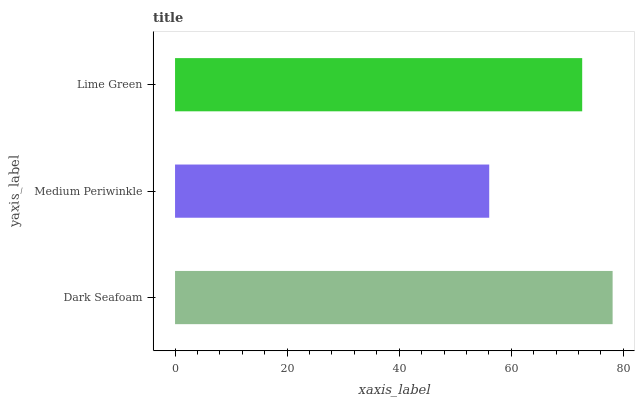
| yaxis_label | bars |
 | --- | --- |
 | Dark Seafoam | 78.1 |
 | Medium Periwinkle | 56.1 |
 | Lime Green | 72.7 |